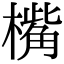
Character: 𣚀